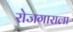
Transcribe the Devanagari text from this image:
रोजगाराला